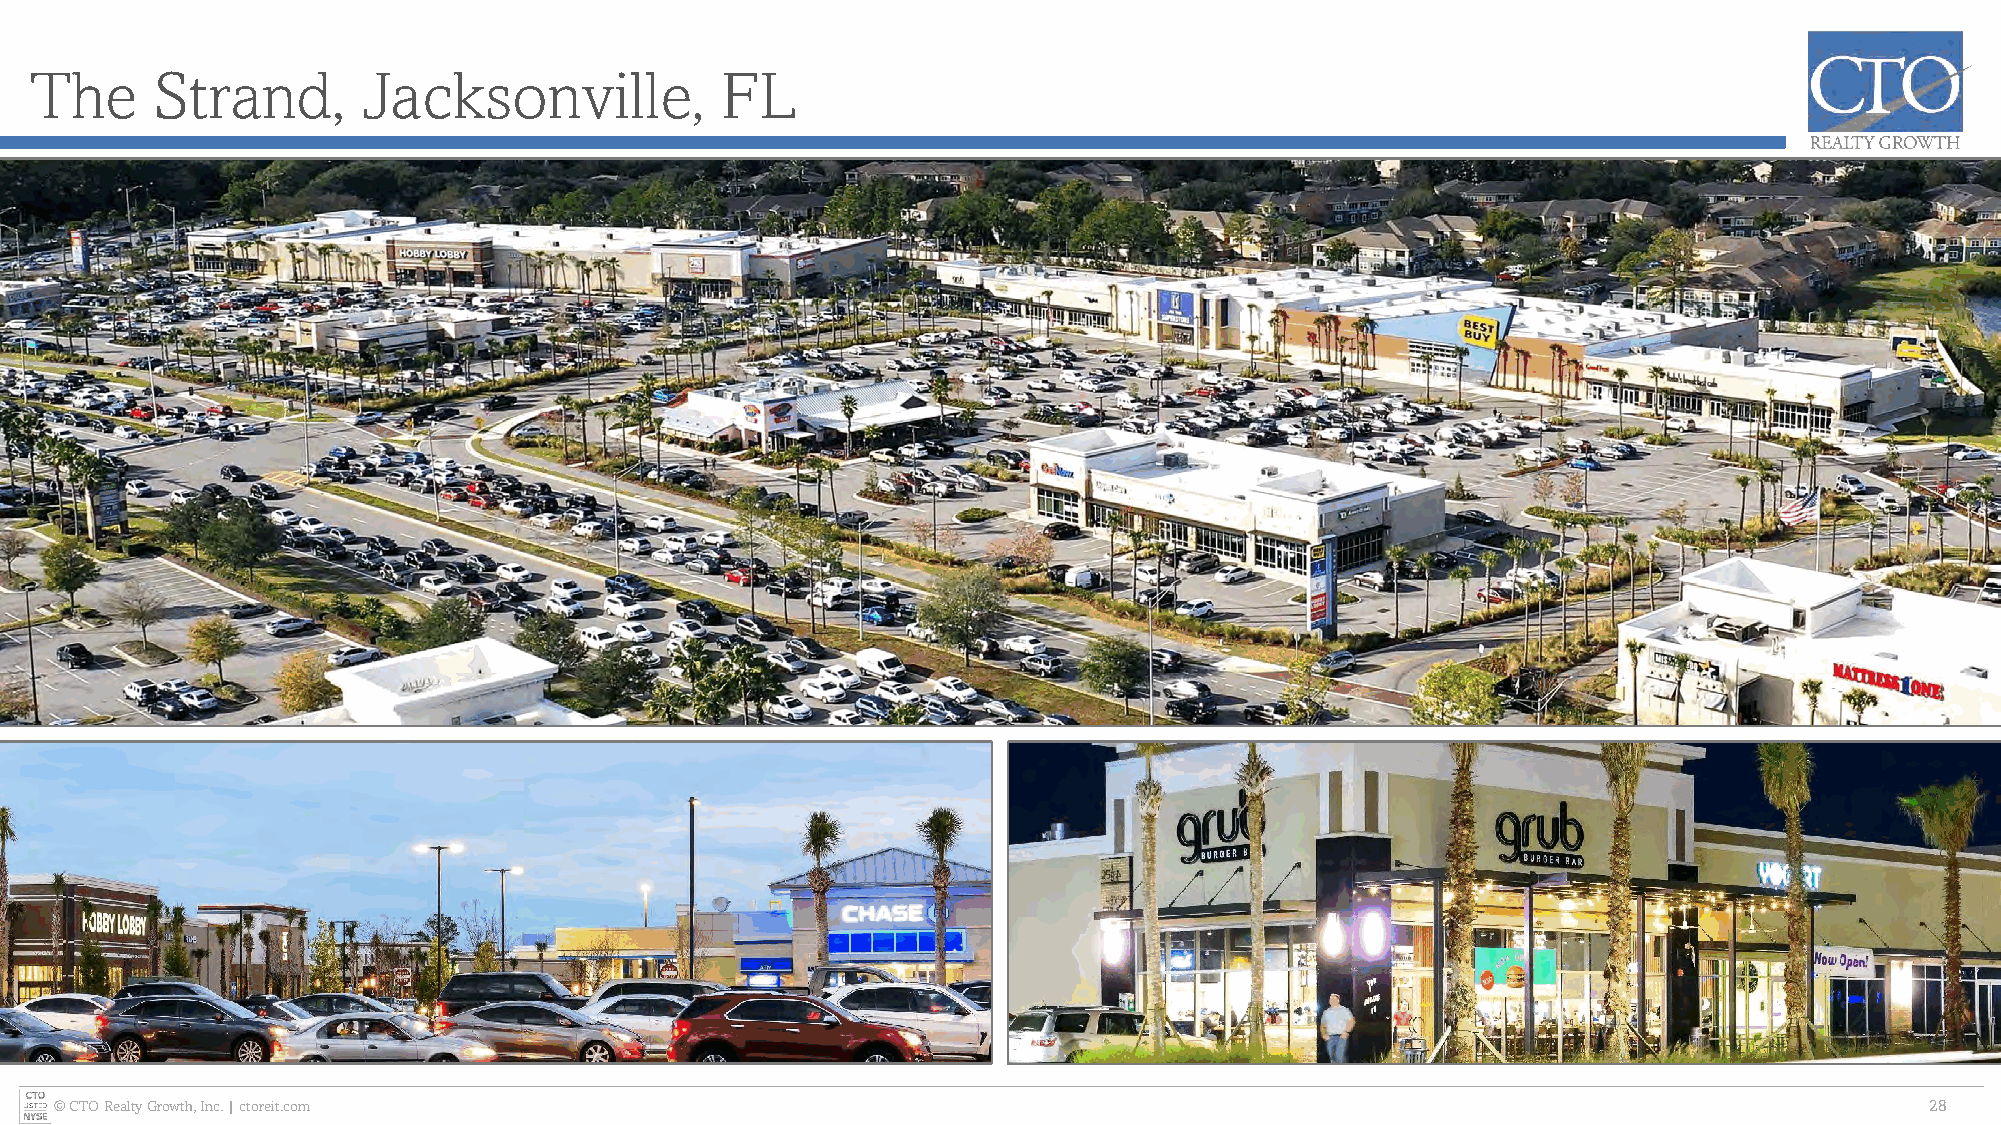
The     Strand,       Jacksonville,           FL
 © CTO Realty Growth, Inc. | ctoreit.com                                                                                     28